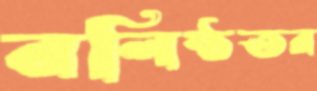
বলিষ্ঠতর